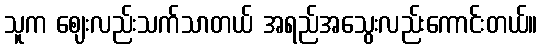
သူက ဈေးလည်းသက်သာတယ် အရည်အသွေးလည်းကောင်းတယ်။